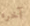
آخره